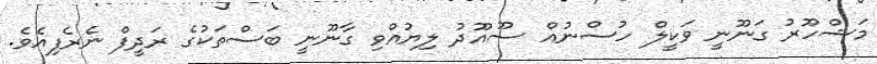
މަޝްހޫރު ގަނޫނީ ވަކީލް ހުސްނުއް ސޫއޫދު ލިޔުއްވި ގާނޫނީ ބަސްތަކުގެ ރަދީފް ނެރެފިއެވެ.